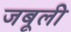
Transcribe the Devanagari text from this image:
जबूली